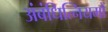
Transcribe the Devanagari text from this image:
अंबंधित्नियमों